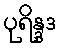
ပုရိန္ဒဒ